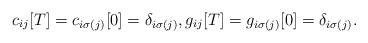
LaTeX: \begin{align*}{c}_{ij}[T]={c}_{i\sigma(j)}[0]=\delta_{i\sigma(j)},{g}_{ij}[T]={g}_{i\sigma(j)}[0]=\delta_{i\sigma(j)}.\end{align*}